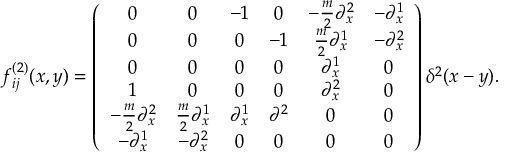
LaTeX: f _ { i j } ^ { ( 2 ) } ( x , y ) = \left( \begin{array} { c c c c c c } { { 0 } } & { { 0 } } & { { - 1 } } & { { 0 } } & { { - \frac { m } { 2 } \partial _ { x } ^ { 2 } } } & { { - \partial _ { x } ^ { 1 } } } \\ { { 0 } } & { { 0 } } & { { 0 } } & { { - 1 } } & { { \frac { m } { 2 } \partial _ { x } ^ { 1 } } } & { { - \partial _ { x } ^ { 2 } } } \\ { { 0 } } & { { 0 } } & { { 0 } } & { { 0 } } & { { \partial _ { x } ^ { 1 } } } & { { 0 } } \\ { { 1 } } & { { 0 } } & { { 0 } } & { { 0 } } & { { \partial _ { x } ^ { 2 } } } & { { 0 } } \\ { { - \frac { m } { 2 } \partial _ { x } ^ { 2 } } } & { { \frac { m } { 2 } \partial _ { x } ^ { 1 } } } & { { \partial _ { x } ^ { 1 } } } & { { \partial ^ { 2 } } } & { { 0 } } & { { 0 } } \\ { { - \partial _ { x } ^ { 1 } } } & { { - \partial _ { x } ^ { 2 } } } & { { 0 } } & { { 0 } } & { { 0 } } & { { 0 } } \end{array} \right) \delta ^ { 2 } ( x - y ) .